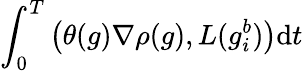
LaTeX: \int_{0}^{T}\left(\theta(g)\nabla\rho(g),L(g_{i}^{b})\right)\mathrm{d}t